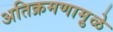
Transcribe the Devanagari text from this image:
अतिक्रमणामु़ळे